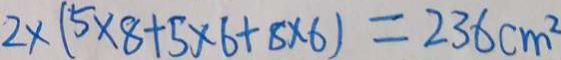
2 \times ( 5 \times 8 + 5 \times 6 + 8 \times 6 ) = 2 3 6 c m ^ { 2 }